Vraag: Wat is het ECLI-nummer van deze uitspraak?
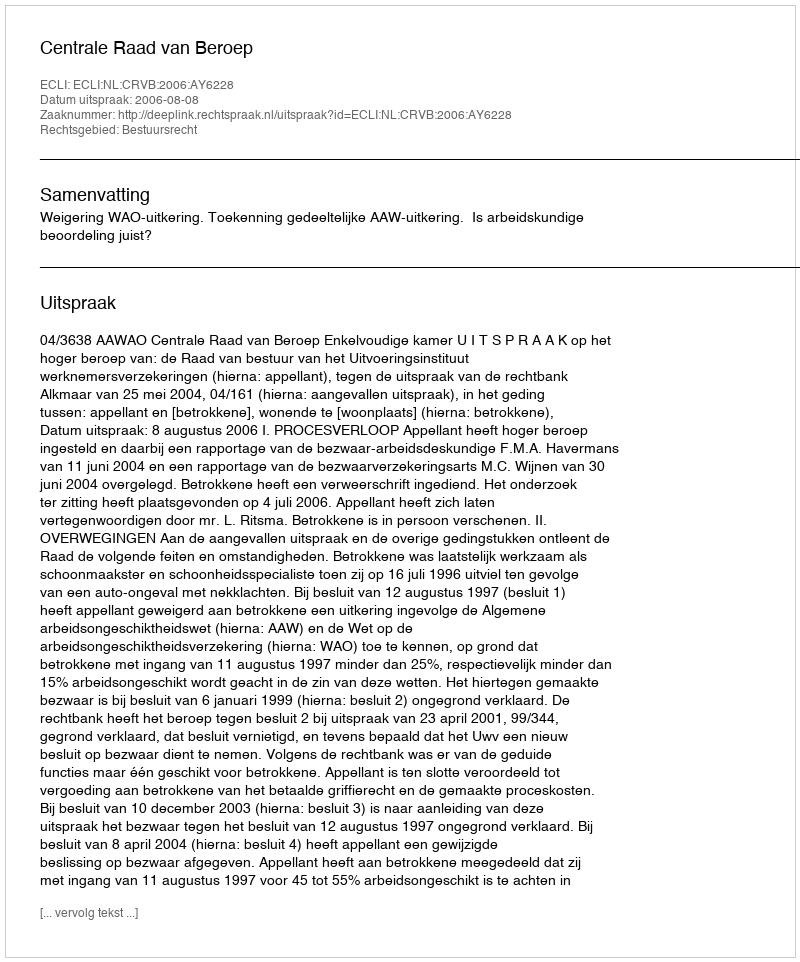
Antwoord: ECLI:NL:CRVB:2006:AY6228